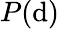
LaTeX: P(\mathrm{d})